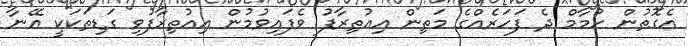
އެގޮތުން ހުމާމް ދެ ފަހަރެއްގެ މަތިން އިއުތިރާފު ވެފައިވުމުން އިއުތިރާފުވި ގަޑިތަކަކީ އޭނާ